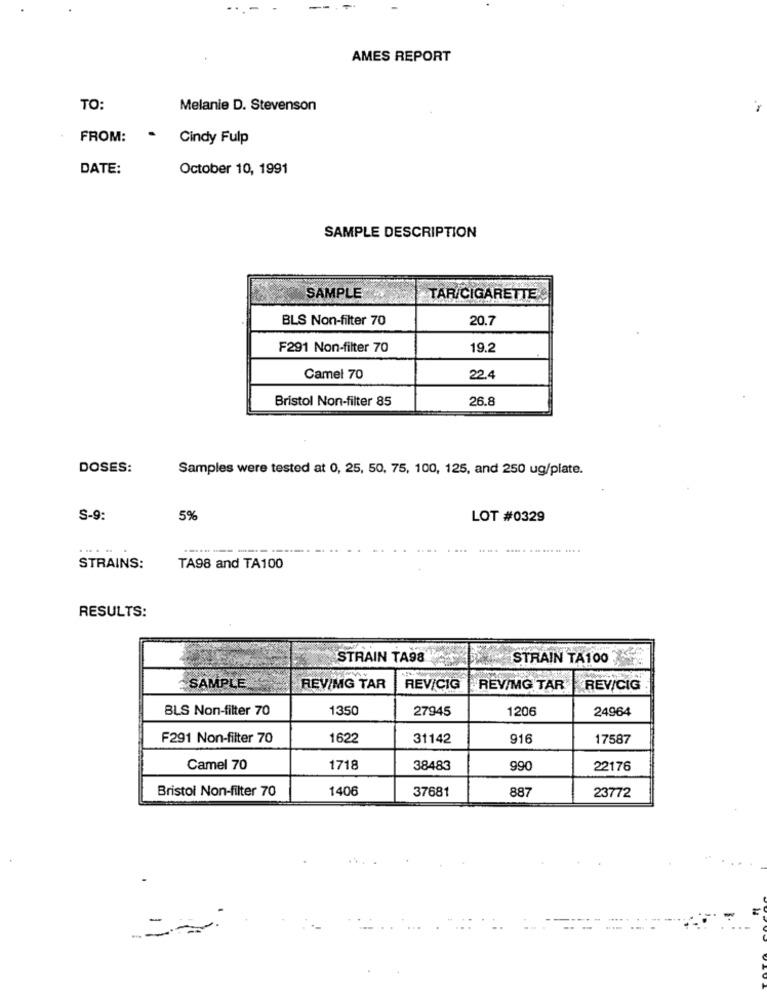
AMES REPORT
TO:
Melanie D. Stevenson
FROM:
. Cindy Fulp
DATE:
October 10, 1991
SAMPLE DESCRIPTION
SAMPLE
TAR/CIGARETTE
BLS Non-filter 70
20.7
F291 Non-filter 70
19.2
Camel 70
22.4
Bristol Non-filter 85
26.8
DOSES:
Samples were tested at 0, 25, 50, 75, 100, 125, and 250 ug/plate.
S-9:
5%
LOT #0329
.....
--------
STRAINS:
TA98 and TA100
RESULTS:
STRAIN TA98
STRAIN TA100
SAMPLE
REVIMG TAR
REV/CIG
REV/MG TAR
REV/CIG
BLS Non-filter 70
1350
27945
1206
24964
F291 Non-filter 70
1622
31142
916
17587
Camel 70
1718
38483
990
22176
Bristol Non-filter 70
1406
37681
887
23772
--